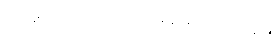
အခက်အခဲလည်း မရှိတော့ပါဘူး။